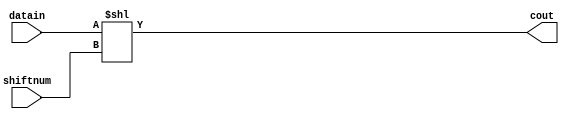
module SHL_32_b(
	input wire [31:0] datain,
	input wire [31:0] shiftnum,
	output wire [31:0] cout
);

	assign cout[31:0] = datain << shiftnum;
	
endmodule